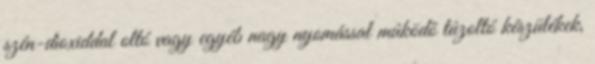
szén-dioxiddal oltó vagy egyéb nagy nyomással mûködõ tûzoltó készülékek,